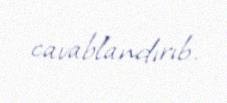
cavablandırıb.